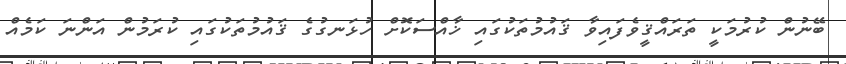
ބޭނުން ކުރުމަކީ ތަރައްޤީވެފައިވާ ޤައުމުތަކުގައި ޚާއްސަކޮށް ހުޅަނގުގެ ޤައުމުތަކުގައި ކުރަމުން އަންނަ ކަމެއް